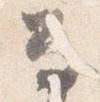
留